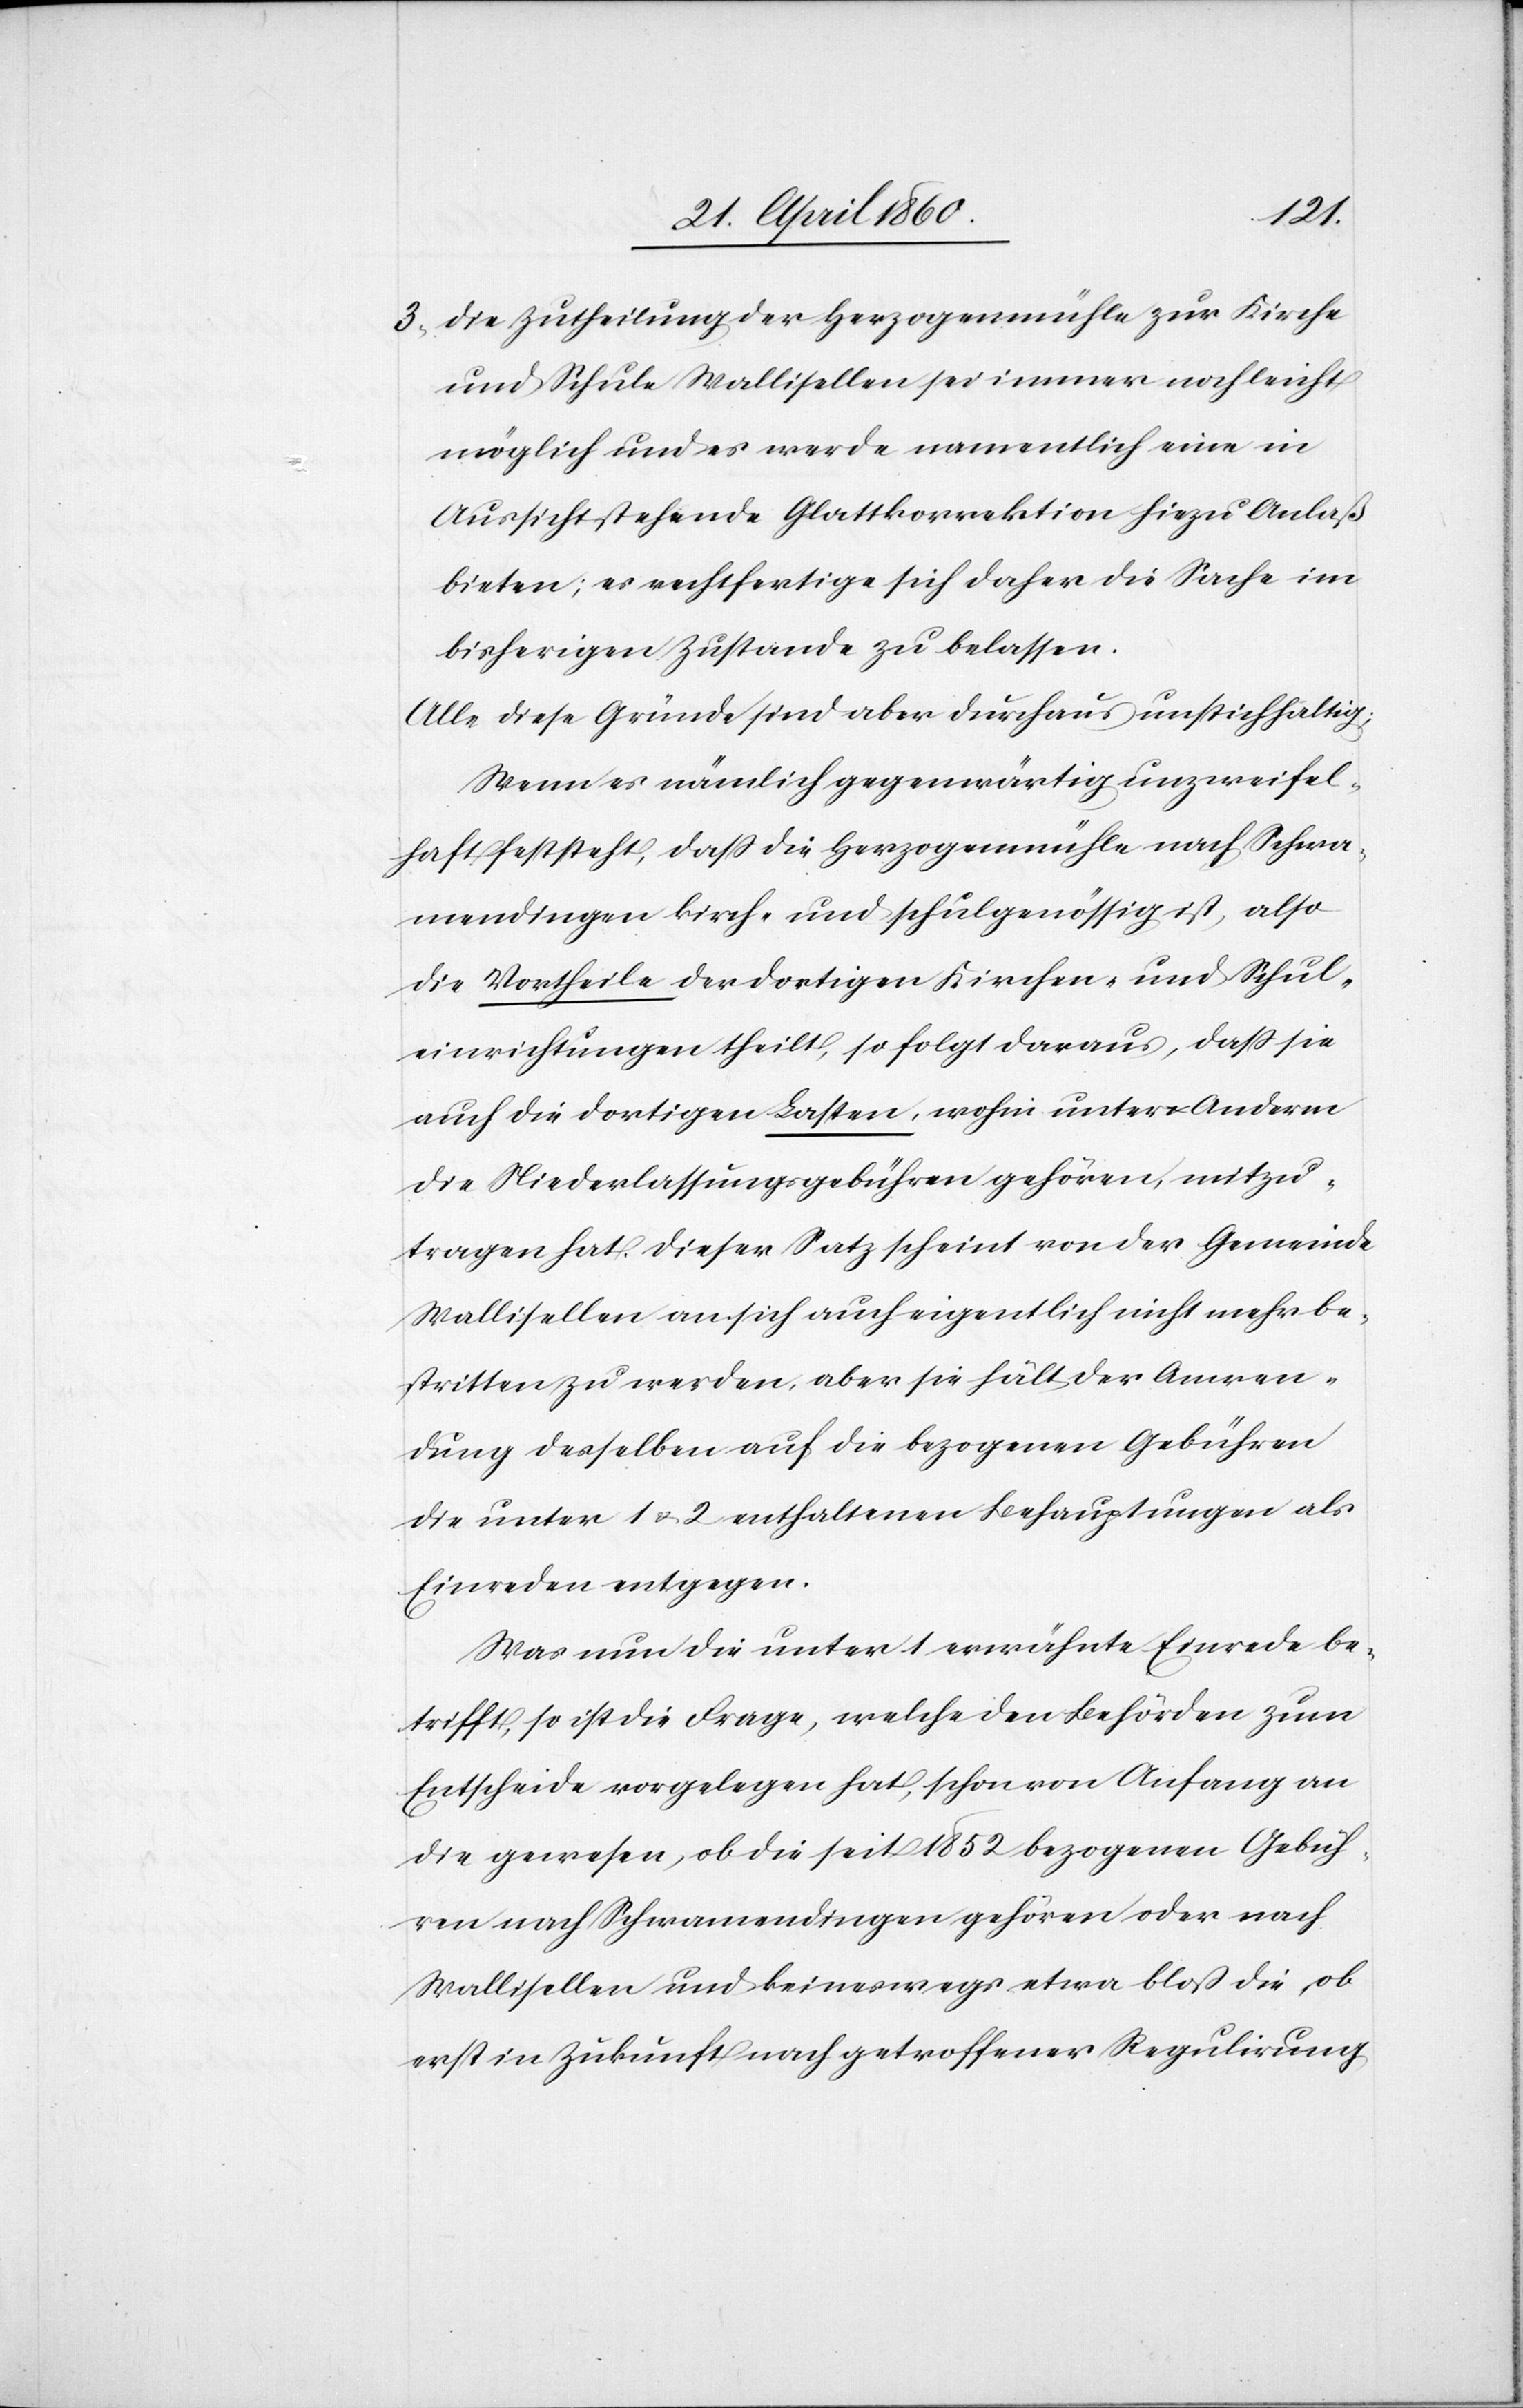
3. Die Zutheilung der Herzogenmühle zur Kirche
und Schule Wallisellen sei immer noch leicht
möglich und es werde namentlich eine in
Aussicht stehende Glattkorrektion hiezu Anlaß
bieten; es rechtfertige sich daher die Sache im
bisherigen Zustande zu belassen.
Alle diese Gründe sind aber durchaus unstichhaltig;
Wenn es nämlich gegenwärtig unzweifel¬
haft feststeht, dass die Herzogenmühle nach Schwa¬
mendingen kirch- und schulgenössig ist, also
die Vortheile der dortigen Kirchen- und Schul¬
einrichtungen theilt, so folgt daraus, dass sie
auch die dortigen Lasten, wohin unter Anderm
die Niederlassungsgebühren gehören, mitzu¬
tragen hat. Dieser Satz scheint von der Gemeinde
Wallisellen an sich auch eigentlich nicht mehr be¬
stritten zu werden, aber sie hält der Anwen¬
dung desselben auf die bezogenen Gebühren
die unter 1 u. 2 enthaltenen Behauptungen als
Einreden entgegen.
Was nun die unter 1 erwähnte Einrede be¬
trifft, so ist die Frage, welche den Behörden zum
Entscheide vorgelegen hat, schon von Anfang an
die gewesen, ob die seit 1852 bezogenen Gebüh¬
ren nach Schwamendingen gehören oder nach
Wallisellen und keineswegs etwa bloss die, ob
erst in Zukunft nach getroffener Regulirung